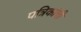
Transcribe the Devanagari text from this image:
पत्रिकांची